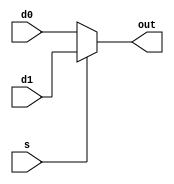
module muxDesign(d0, d1, s, out);
input wire d0, d1, s;
output reg out;

always @ (d0 or d1 or s) begin
	if (s == 1'b0) begin
		out = d0;
	end else begin
		out = d1;
	end
end

endmodule